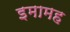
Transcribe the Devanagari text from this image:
इमामह